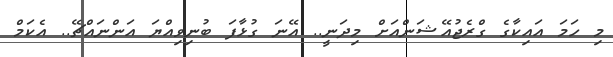
މި ހަމަ އައިކާގެ ގްރެޖުއޭޝަންއަށް މިދަނީ.. އޭނަ ގުޅާފަ ބުނިވިއްޔަ އަންނައްޗޭ.. އެކަމް